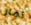
ثمار